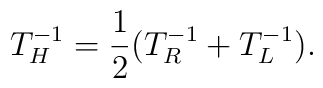
T^{-1}_H={1\over 2}(T_R^{-1}+T_L^{-1}).